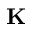
\mathbf { K }